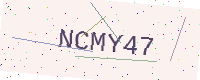
Text: NCMY47